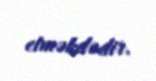
etməkdədir.